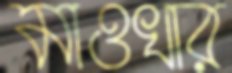
মাওখার